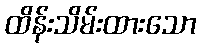
ထိန်းသိမ်းထားသော